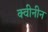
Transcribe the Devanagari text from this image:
क्वीनीन